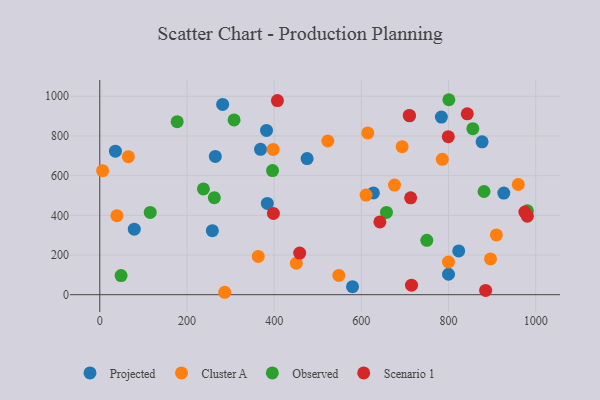
{"axis": {"x": "Study Hours", "y": "Yield"}, "legend": ["Cluster A", "Observed", "Projected", "Scenario 1"], "data": [{"x": "265.0", "y": 696.7, "type": "Projected"}, {"x": "382.4", "y": 827.9, "type": "Projected"}, {"x": "368.7", "y": 732.9, "type": "Projected"}, {"x": "710.6", "y": 901.5, "type": "Projected"}, {"x": "281.8", "y": 959.1, "type": "Projected"}, {"x": "783.5", "y": 895.2, "type": "Projected"}, {"x": "258.2", "y": 322.6, "type": "Projected"}, {"x": "35.8", "y": 723.6, "type": "Projected"}, {"x": "627.6", "y": 512.7, "type": "Projected"}, {"x": "823.3", "y": 220.4, "type": "Projected"}, {"x": "579.7", "y": 40.4, "type": "Projected"}, {"x": "876.9", "y": 770.3, "type": "Projected"}, {"x": "799.9", "y": 103.1, "type": "Projected"}, {"x": "79.1", "y": 330.2, "type": "Projected"}, {"x": "926.7", "y": 512.4, "type": "Projected"}, {"x": "475.5", "y": 686.1, "type": "Projected"}, {"x": "384.3", "y": 460.0, "type": "Projected"}, {"x": "614.7", "y": 815.3, "type": "Cluster A"}, {"x": "909.7", "y": 301.3, "type": "Cluster A"}, {"x": "363.5", "y": 192.7, "type": "Cluster A"}, {"x": "65.5", "y": 695.6, "type": "Cluster A"}, {"x": "397.6", "y": 732.0, "type": "Cluster A"}, {"x": "39.3", "y": 398.5, "type": "Cluster A"}, {"x": "896.2", "y": 180.4, "type": "Cluster A"}, {"x": "286.6", "y": 12.2, "type": "Cluster A"}, {"x": "960.0", "y": 555.4, "type": "Cluster A"}, {"x": "548.3", "y": 97.3, "type": "Cluster A"}, {"x": "799.8", "y": 164.7, "type": "Cluster A"}, {"x": "523.0", "y": 774.6, "type": "Cluster A"}, {"x": "6.5", "y": 625.3, "type": "Cluster A"}, {"x": "693.5", "y": 745.9, "type": "Cluster A"}, {"x": "785.7", "y": 682.3, "type": "Cluster A"}, {"x": "450.9", "y": 158.5, "type": "Cluster A"}, {"x": "676.0", "y": 552.3, "type": "Cluster A"}, {"x": "610.8", "y": 502.3, "type": "Cluster A"}, {"x": "657.6", "y": 414.8, "type": "Observed"}, {"x": "855.7", "y": 836.9, "type": "Observed"}, {"x": "308.0", "y": 880.7, "type": "Observed"}, {"x": "881.4", "y": 520.1, "type": "Observed"}, {"x": "750.1", "y": 274.1, "type": "Observed"}, {"x": "262.7", "y": 489.2, "type": "Observed"}, {"x": "980.8", "y": 422.8, "type": "Observed"}, {"x": "800.7", "y": 982.7, "type": "Observed"}, {"x": "177.5", "y": 872.2, "type": "Observed"}, {"x": "396.2", "y": 625.5, "type": "Observed"}, {"x": "115.7", "y": 414.7, "type": "Observed"}, {"x": "237.7", "y": 533.1, "type": "Observed"}, {"x": "48.8", "y": 96.3, "type": "Observed"}, {"x": "709.9", "y": 903.6, "type": "Scenario 1"}, {"x": "980.7", "y": 395.7, "type": "Scenario 1"}, {"x": "642.5", "y": 367.0, "type": "Scenario 1"}, {"x": "458.5", "y": 210.0, "type": "Scenario 1"}, {"x": "975.0", "y": 416.2, "type": "Scenario 1"}, {"x": "885.0", "y": 21.4, "type": "Scenario 1"}, {"x": "407.4", "y": 978.2, "type": "Scenario 1"}, {"x": "398.2", "y": 409.6, "type": "Scenario 1"}, {"x": "799.4", "y": 796.7, "type": "Scenario 1"}, {"x": "842.9", "y": 911.6, "type": "Scenario 1"}, {"x": "713.0", "y": 488.0, "type": "Scenario 1"}, {"x": "715.0", "y": 48.1, "type": "Scenario 1"}]}